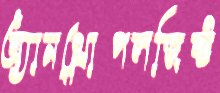
অ্যানথ্রোপলজিস্ট